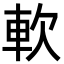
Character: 軟